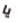
يا